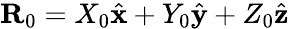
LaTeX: \mathbf{R}_{0}=X_{0}\hat{\mathbf{x}}+Y_{0}\hat{\mathbf{y}}+Z_{0}\hat{\mathbf{z}}